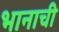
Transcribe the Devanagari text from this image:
भानाची